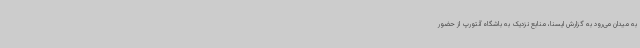
به میدان می‌رود به گزارش ایسنا، منابع نزدیک به باشگاه آنتورپ از حضور